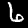
Label: 6